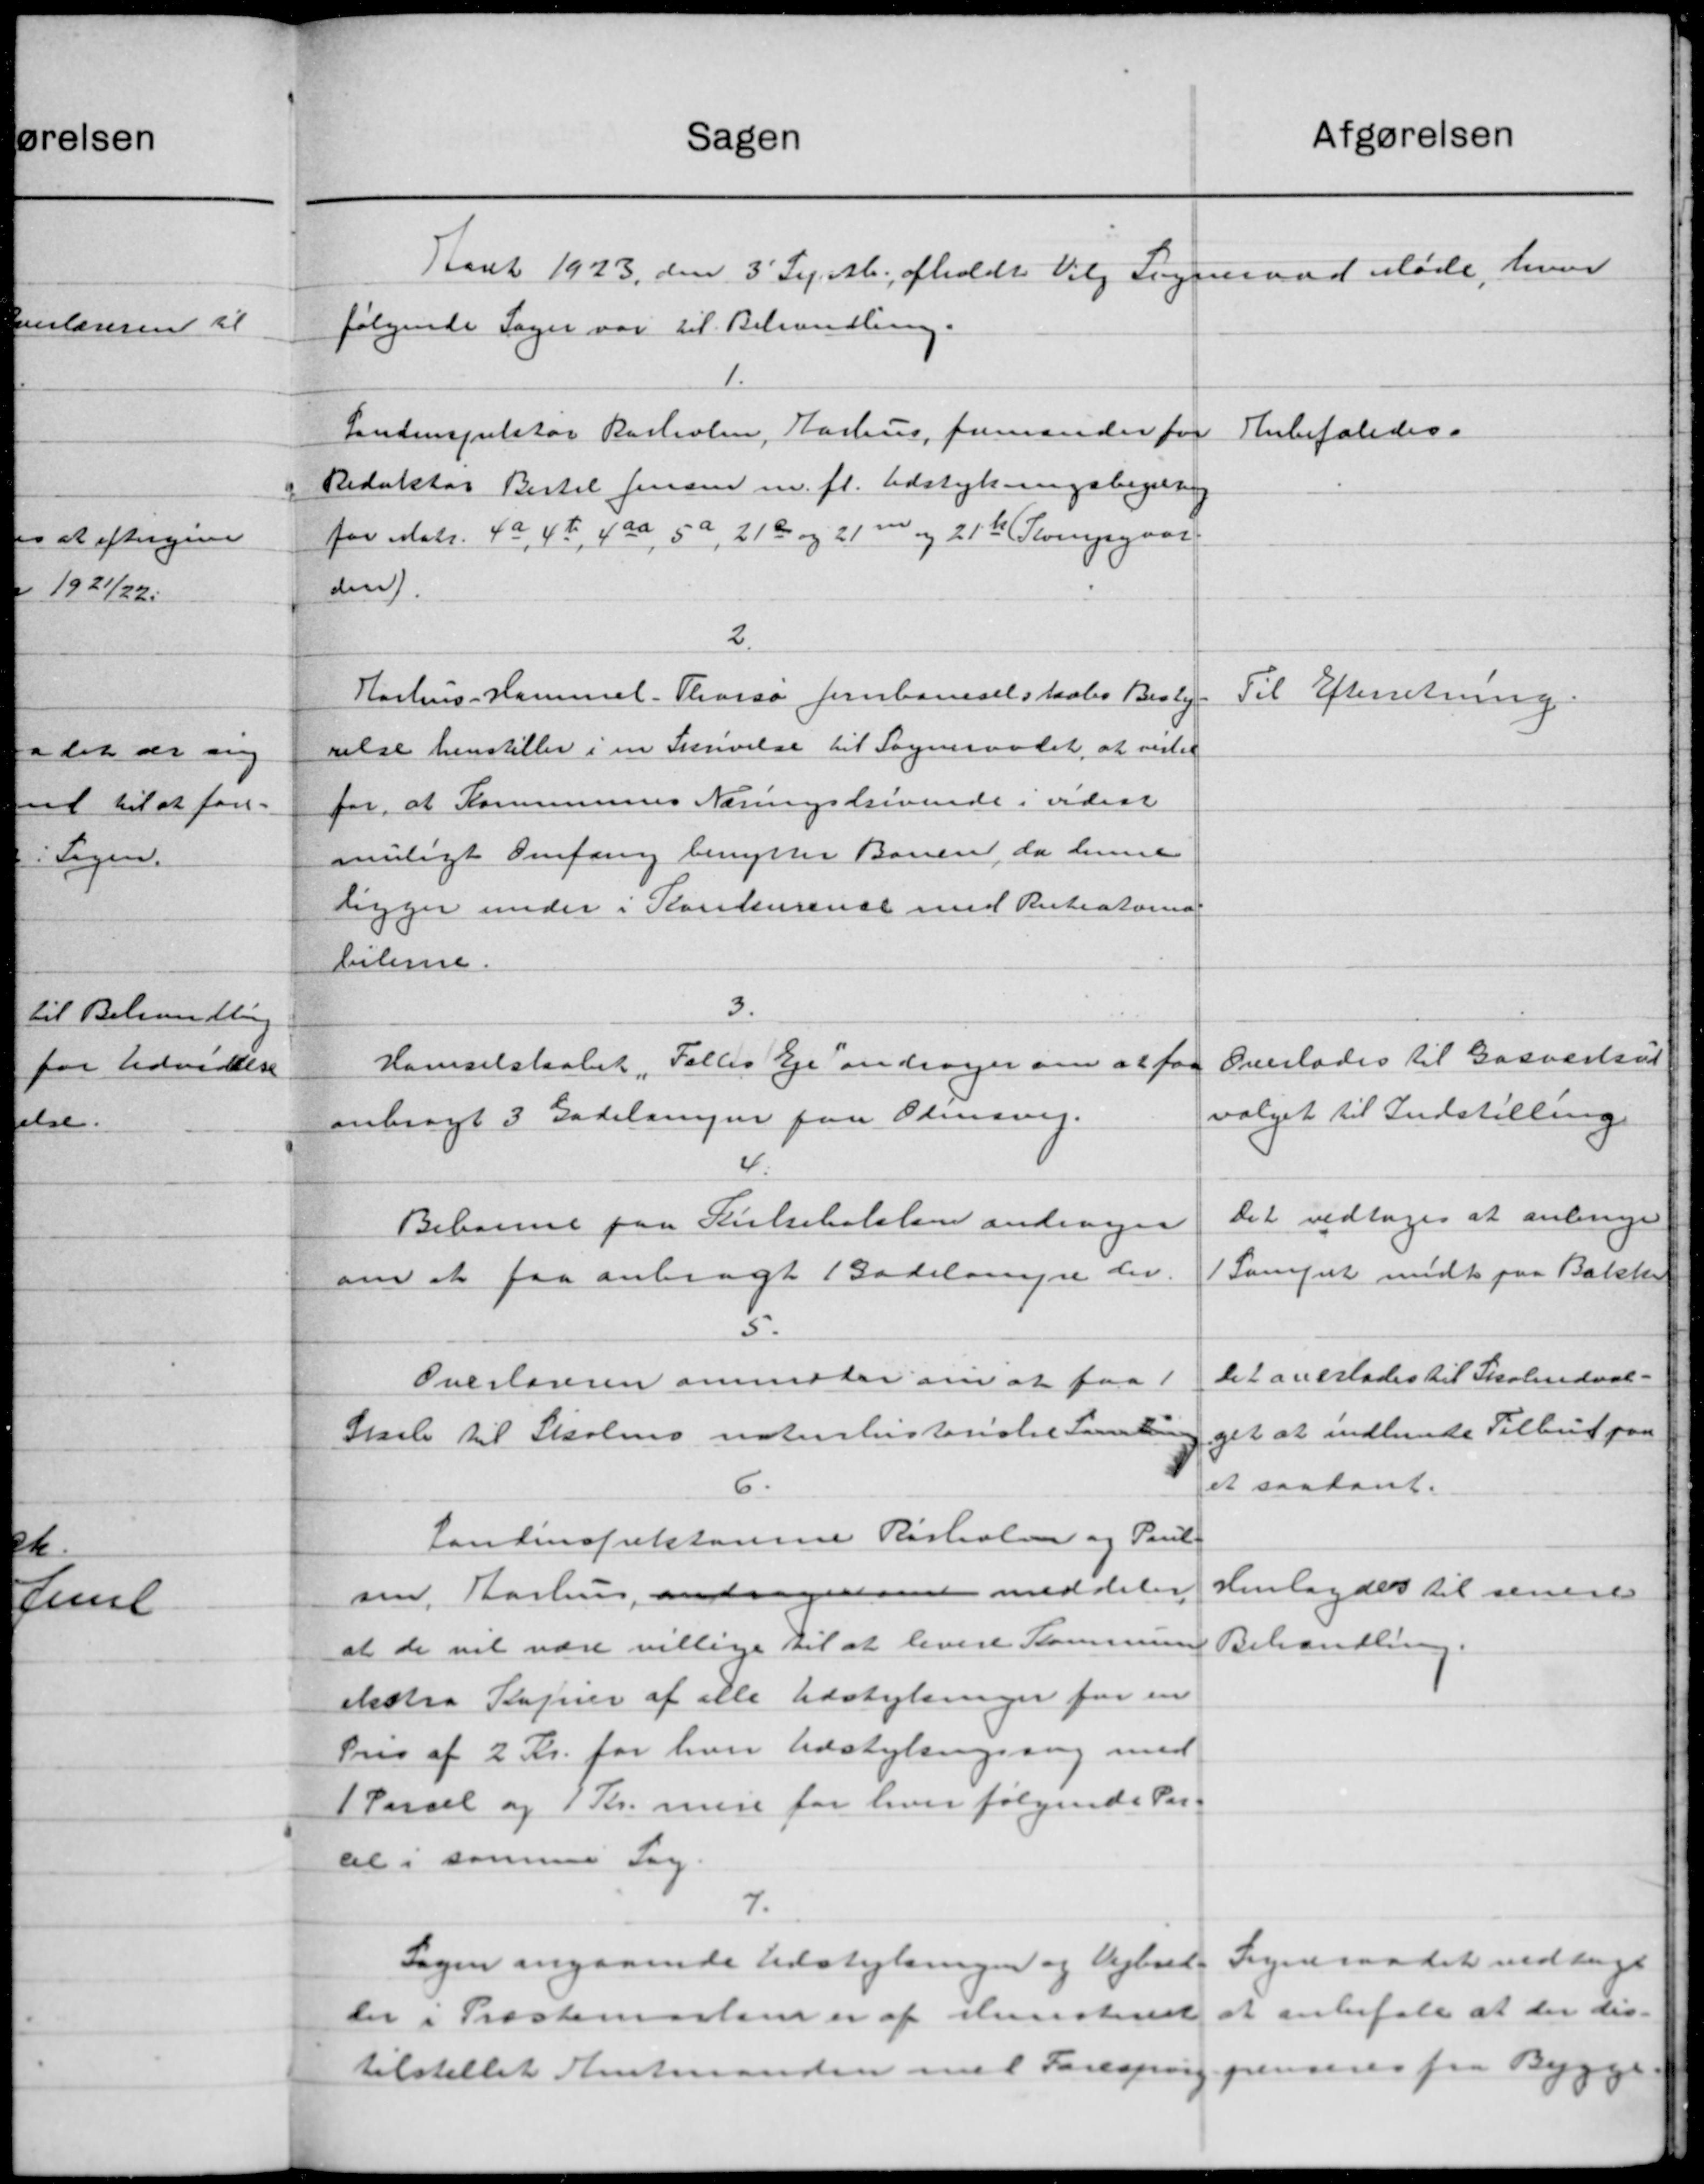
Transskription:
afgørelsen
Sagen
Aaret 1923 den 3' Sep. M. afholdt Valg Sogneraad Møde, hvor
følgende Sager var til Behandling.
1.
Anbefaledes.
Landinspektør Rasholen, Aarhus, fremsender for
Redaktør Bertil Jensen m. fl. Udstykningsbegæring
for Matr. 4a, 42, 4 aa, 5a, 210 og 21 m og 21t Thorupgaar
den.
2.
Aarhus - Hammel. Thorsø Jernbaneselskabs Besty-
Til Efterretning.
velse henstiller i en Skrivelse til Sogneraadet, at vister
for, at Kommunens Næringskrivende i vedsat
muligt Omfang benytter Banen, da denne
ligger under i Konkurense med Ruteatore
bilere.
3.
Overlades til Gasværksud
Hanselskabet Falles Eje andrager om at faa
valget til Indstilling
anbragt 3 Gadelingen paa Olesvig.
4
Det vedtoges at anbrige
Beboerne paa Skilseholslev andrager
1 Sammet midt paa Bakke
om at faa anbragt Bodelønne der.
5.
Det overlades til Skoleudval-
Overlageren anmoder om at faa
get at indhende Tilbud paa
Skole til Skolens noterlisteriale Samle
et saadant.
6.
Landinspektorine Risholm og Paul
Henlagdes til senere
sen, Aarhus, andragende meddeler
Behandling
at de vil være villige til at levere Kommunen
ekstra Kapier af alle Udstykninger for en
Pris af 2 Kr. for hver Udstykningssag med
1 Parcel og 1 Kr. mere for hver følgende Par-
al i samme Sag.
7.
Sogneraadet vedtage
Sagen angaaende Udstykningen og Vejbud
at anbefale at der dis-
der i Præstemoster er af Ministeriet
tilstillet Amtmanden med Forespørgspensens fra Bygg
"